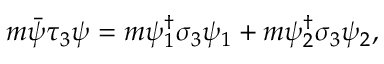
m \bar { \psi } \tau _ { 3 } \psi = m \psi _ { 1 } ^ { \dagger } \sigma _ { 3 } \psi _ { 1 } + m \psi _ { 2 } ^ { \dagger } \sigma _ { 3 } \psi _ { 2 } ,